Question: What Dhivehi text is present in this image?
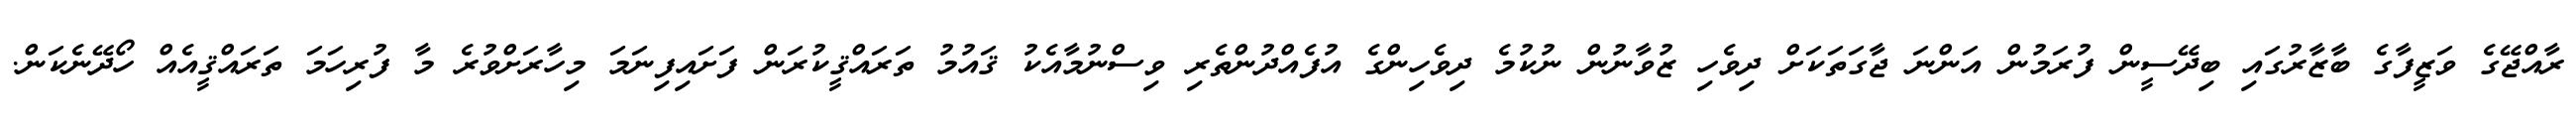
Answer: ރާއްޖޭގެ ވަޒީފާގެ ބާޒާރުގައި ބިދޭސީން ފުރަމުން އަންނަ ޖާގަތަކަށް ދިވެހި ޒުވާނުން ނުކުމެ ދިވެހިންގެ އުފެއްދުންތެރި ވިސްނުމާއެކު ޤައުމު ތަރައްޤީކުރަން ފަށައިފިނަމަ މިހާރަށްވުރެ މާ ފުރިހަމަ ތަރައްޤީއެއް ހޯދޭނެކަން.